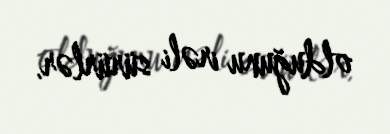
olduğunu irəli sürürlər.